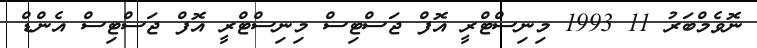
ނޮވެމްބަރު 11 1993 މިނިސްޓްރީ އޮފް ޖަސްޓިސް މިނިސްޓްރީ އޮފް ޖަސްޓިސް އެންޑް